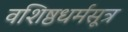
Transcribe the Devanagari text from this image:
वशिष्ठधर्मसूत्र